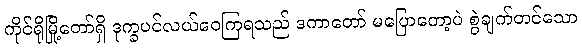
ကိုင်ရိုမြို့တော်ရှိ ဒုက္ခပင်လယ်ဝေကြရသည် ဒကာတော် မပြောတော့ပဲ စွဲချက်တင်သော